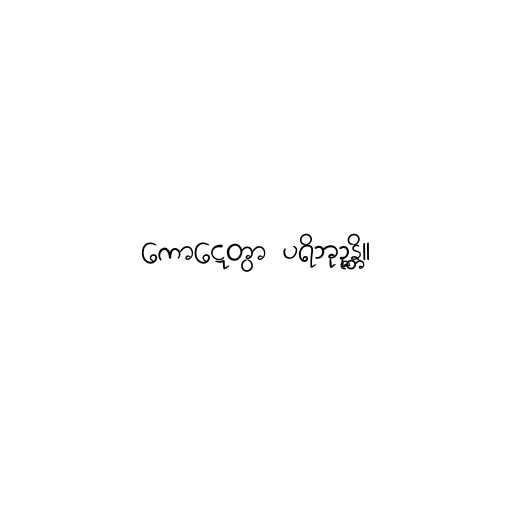
ကောဋ္ဋေတွာ ပရိဘုဉ္ဇန္တိ။